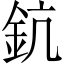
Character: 鈧